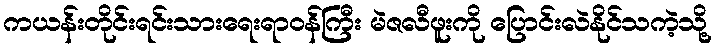
ကယန်းတိုင်းရင်းသားရေးရာဝန်ကြီး မဲဇလီဖူးကို ပြောင်းလဲနိုင်သကဲ့သို့